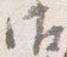
御